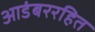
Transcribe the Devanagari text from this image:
आडंबररहित